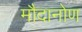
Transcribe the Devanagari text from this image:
मौदानोण